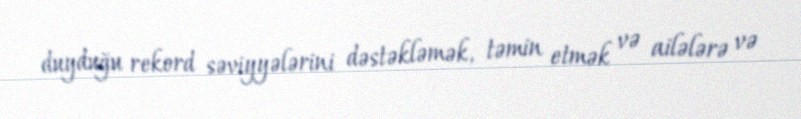
duyduğu rekord səviyyələrini dəstəkləmək, təmin etmək və ailələrə və